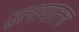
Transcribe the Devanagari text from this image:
उत्सवातच